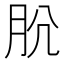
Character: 𰮋